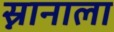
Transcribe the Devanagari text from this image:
स्नानाला